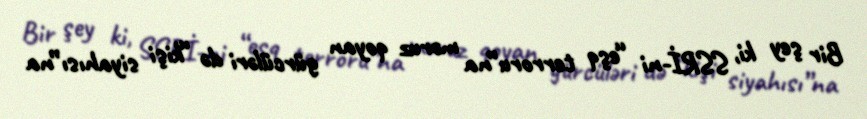
Bir şey ki, SSRİ-ni “eşq terroru”na məruz qoyan gürcüləri də “kişi siyahısı”na